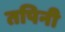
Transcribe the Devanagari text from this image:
तपिनी